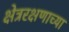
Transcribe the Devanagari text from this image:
क्षेत्ररक्षणाच्या